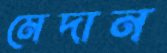
মেদান